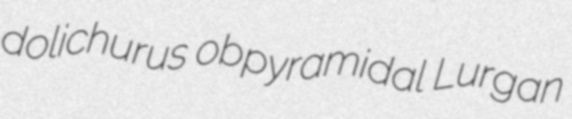
dolichurus obpyramidal Lurgan